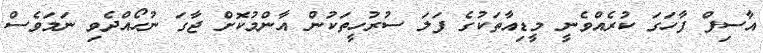
އާސިފް ފާހަގަ ކުރެއްވެނީ މީޑިއާތަކުގެ ފަލަ ސުރުހީތަކުން އާންމުކޮށް ޖާގަ ނުހޯއްދެވި ނަމަވެސް